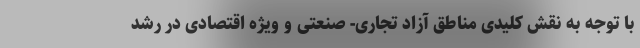
با توجه به نقش کلیدی مناطق آزاد تجاری- صنعتی و ویژه اقتصادی در رشد